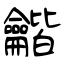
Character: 龤